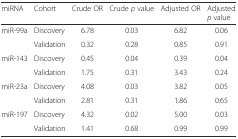
| miRNA | Cohort | Crude OR | Crude p value | Adjusted OR | Adjusted p value |
 | --- | --- | --- | --- | --- | --- |
 | <ROWSPAN=2> miR-99a | Discovery | 6.78 | 0.03 | 6.82 | 0.06 |
 | Validation | 0.32 | 0.28 | 0.85 | 0.91 |
 | <ROWSPAN=2> miR-143 | Discovery | 0.45 | 0.04 | 0.39 | 0.04 |
 | Validation | 1.75 | 0.31 | 3.43 | 0.24 |
 | <ROWSPAN=2> miR-23a | Discovery | 4.08 | 0.03 | 3.82 | 0.05 |
 | Validation | 2.81 | 0.31 | 1.86 | 0.65 |
 | <ROWSPAN=2> miR-197 | Discovery | 4.32 | 0.02 | 5.00 | 0.03 |
 | Validation | 1.41 | 0.68 | 0.99 | 0.99 |